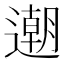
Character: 𨗛